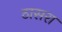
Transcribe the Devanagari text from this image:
ठासरा